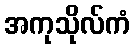
အကုသိုလ်ကံ